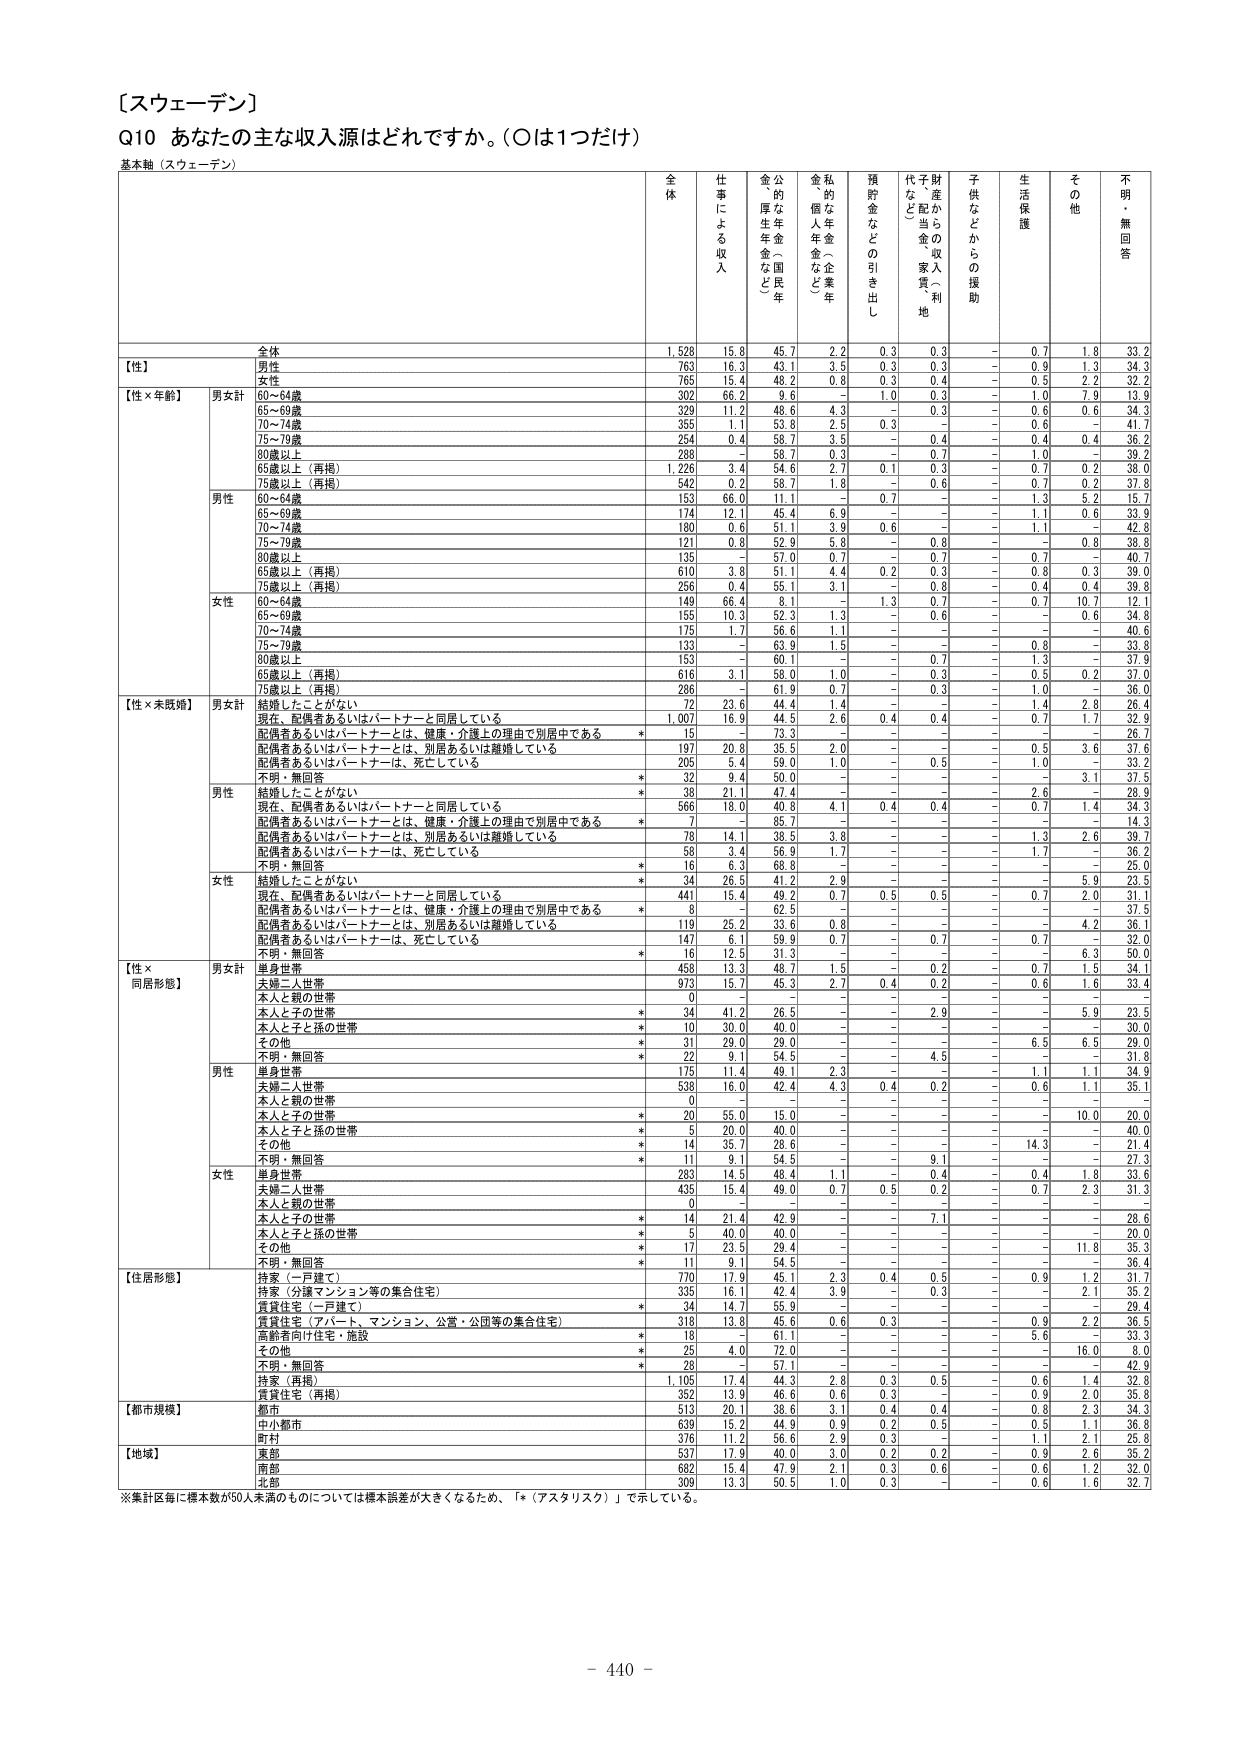
【スウェーデン】
Q10 あなたの主な収入源はどれですか。（〇は1つだけ）
基本軸（スウェーデン）

全体 仕事による収入 公的年金（国民年金、厚生年金など） 私的な年金（企業年金、個人年金など） 預貯金などの引き出し 財産からの収入・利子（配当金、家賃など） 子供などからの援助 生活保護 その他 不明・無回答

全体 1,528 15.8 45.7 2.2 0.3 0.3 - 0.7 1.8 33.2
【性】
男性 763 16.3 43.1 3.5 0.3 0.3 - 0.9 1.3 34.3
女性 765 15.4 48.2 0.8 0.3 0.4 - 0.5 2.2 32.2
【性×年齢】
男女計
60～64歳 302 66.2 9.6 - 1.0 0.3 - 1.0 7.9 13.9
65～69歳 329 11.2 48.6 4.3 - 0.3 - 0.6 0.6 34.3
70～74歳 355 1.1 53.8 2.5 0.3 - - 0.6 - 41.7
75～79歳 254 0.4 58.7 3.5 - 0.4 - 0.4 0.4 36.2
80歳以上 288 - 58.7 0.3 - 0.7 - 1.0 - 39.2
65歳以上（再掲） 1,226 3.4 54.6 2.7 0.1 0.3 - 0.7 0.2 38.0
75歳以上（再掲） 542 0.2 58.7 1.8 - 0.6 - 0.7 0.2 37.8
男性
60～64歳 153 66.0 11.1 - 0.7 - - 1.3 5.2 15.7
65～69歳 174 12.1 45.4 6.9 - - - 1.1 0.6 33.9
70～74歳 180 0.6 51.1 3.9 0.6 - - 1.1 - 42.8
75～79歳 121 0.8 52.9 5.8 - 0.8 - - 0.8 38.8
80歳以上 135 - 57.0 0.7 - 0.7 - 0.7 - 40.7
65歳以上（再掲） 610 3.8 51.1 4.4 0.2 0.3 - 0.8 0.3 39.0
75歳以上（再掲） 256 0.4 55.1 3.1 - 0.8 - 0.4 0.4 39.8
女性
60～64歳 149 66.4 8.1 - 1.3 0.7 - 0.7 10.7 12.1
65～69歳 155 10.3 52.3 1.3 - 0.6 - - 0.6 34.8
70～74歳 175 1.7 56.6 1.1 - - - - - 40.6
75～79歳 133 - 63.9 1.5 - - - 0.8 - 33.8
80歳以上 153 - 60.1 - - 0.7 - 1.3 - 37.9
65歳以上（再掲） 616 3.1 58.0 1.0 - 0.3 - 0.5 0.2 37.0
75歳以上（再掲） 286 - 61.9 0.7 - 0.3 - 1.0 - 36.0
【性×未婚歴】
男女計
結婚したことがない 72 23.6 44.4 1.4 - - - 1.4 2.8 26.4
現在、配偶者あるいはパートナーと同居している 1,007 16.9 44.5 2.6 0.4 0.4 - 0.7 1.7 32.9
配偶者あるいはパートナーとは、健康・介護上の理由で別居中である * - - 73.3 - - - - - - 26.7
配偶者あるいはパートナーとは、別居あるいは離婚している 197 20.8 35.5 2.0 - - - 0.5 3.6 37.6
配偶者あるいはパートナーは、死亡している 205 5.4 59.0 1.0 - 0.5 - 1.0 - 33.2
不明・無回答 * 32 9.4 50.0 - - - - - 3.1 37.5
男性
結婚したことがない * 38 21.1 47.4 - - - - 2.6 - 28.9
現在、配偶者あるいはパートナーと同居している 566 18.0 40.8 4.1 0.4 0.4 - 0.7 1.4 34.3
配偶者あるいはパートナーとは、健康・介護上の理由で別居中である * 7 - 85.7 - - - - - - 14.3
配偶者あるいはパートナーとは、別居あるいは離婚している 78 14.1 38.5 3.8 - - - 1.3 2.6 39.7
配偶者あるいはパートナーは、死亡している 58 3.4 56.9 1.7 - - - 1.7 - 36.2
不明・無回答 * 16 6.3 68.8 - - - - - - 25.0
女性
結婚したことがない * 34 26.5 41.2 2.9 - - - - 5.9 23.5
現在、配偶者あるいはパートナーと同居している 441 15.4 49.2 0.7 0.5 0.5 - 0.7 2.0 31.1
配偶者あるいはパートナーとは、健康・介護上の理由で別居中である * 8 - 62.5 - - - - - - 37.5
配偶者あるいはパートナーとは、別居あるいは離婚している 119 25.2 33.6 0.8 - - - - 4.2 36.1
配偶者あるいはパートナーは、死亡している 147 6.1 59.9 0.7 - 0.7 - 0.7 - 32.0
不明・無回答 * 16 12.5 31.3 - - - - - 6.3 50.0
【性×同居形態】
男女計
単身世帯 458 13.3 48.7 1.5 - 0.2 - 0.7 1.5 34.1
夫婦二人世帯 973 15.7 45.3 2.7 0.4 0.2 - 0.6 1.6 33.4
本人と親の世帯 0 - - - - - - - - -
本人と子の世帯 * 34 41.2 26.5 - - 2.9 - - 5.9 23.5
本人と子と孫の世帯 * 10 30.0 40.0 - - - - - - 30.0
その他 * 31 29.0 29.0 - - - - 6.5 6.5 29.0
不明・無回答 * 22 9.1 54.5 - - 4.5 - - - 31.8
男性
単身世帯 175 11.4 49.1 2.3 - - - 1.1 1.1 34.9
夫婦二人世帯 538 16.0 42.4 4.3 0.4 0.2 - 0.6 1.1 35.1
本人と親の世帯 0 - - - - - - - - -
本人と子の世帯 * 20 55.0 15.0 - - - - - 10.0 20.0
本人と子と孫の世帯 * 5 20.0 40.0 - - - - - - 40.0
その他 * 14 35.7 28.6 - - - - 14.3 - 21.4
不明・無回答 * 11 9.1 54.5 - - 9.1 - - - 27.3
女性
単身世帯 283 14.5 48.4 1.1 - 0.4 - 0.4 1.8 33.6
夫婦二人世帯 435 15.4 49.0 0.7 0.5 0.2 - 0.7 2.3 31.3
本人と親の世帯 0 - - - - - - - - -
本人と子の世帯 * 14 21.4 42.9 - - 7.1 - - - 28.6
本人と子と孫の世帯 * 5 40.0 40.0 - - - - - - 20.0
その他 * 17 23.5 29.4 - - - - - 11.8 35.3
不明・無回答 * 11 9.1 54.5 - - - - - - 36.4
【住居形態】
持家（一戸建て） 770 17.9 45.1 2.3 0.4 0.5 - 0.9 1.2 31.7
持家（分譲マンション等の集合住宅） 335 16.1 42.4 3.9 - 0.3 - - 2.1 35.2
賃貸住宅（一戸建て） * 34 14.7 55.9 - - - - - - 29.4
賃貸住宅（アパート、マンション、公営・公団等の集合住宅） 318 13.8 45.6 0.6 0.3 - - 0.9 2.2 36.5
高齢者向け住宅・施設 * 18 - 61.1 - - - - 5.6 - 33.3
その他 * 25 4.0 72.0 - - - - - 16.0 8.0
不明・無回答 * 28 - 57.1 - - - - - - 42.9
持家（再掲） 1,105 17.4 44.3 2.8 0.3 0.5 - 0.6 1.4 32.8
賃貸住宅（再掲） 352 13.9 46.6 0.6 0.3 - - 0.9 2.0 35.8
【都市規模】
都市 513 20.1 38.6 3.1 0.4 0.4 - 0.8 2.3 34.3
中小都市 639 15.2 44.9 0.9 0.2 0.5 - 0.5 1.1 36.8
町村 376 11.2 56.6 2.9 0.3 - - 1.1 2.1 25.8
【地域】
東部 537 17.9 40.0 3.0 0.2 0.2 - 0.9 2.6 35.2
南部 682 15.4 47.9 2.1 0.3 0.6 - 0.6 1.2 32.0
北部 309 13.3 50.5 1.0 0.3 - - 0.6 1.6 32.7

※集計区毎に標本数が50人未満のものについては標本誤差が大きくなるため、「*（アスタリスク）」で示している。

- 440 -